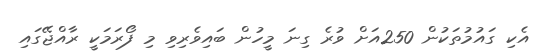
އެކި ގައުމުތަކުން 250އަށް ވުރެ ގިނަ މީހުން ބައިވެރިވި މި ފޯރަމަކީ ރާއްޖޭގައި